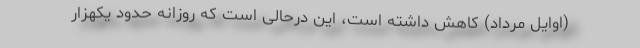
(اوایل مرداد) کاهش داشته است، این درحالی است که روزانه حدود یکهزار